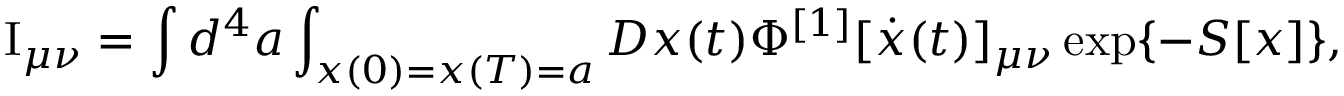
\mathrm { I } _ { \mu \nu } = \int { d ^ { 4 } a \int _ { x ( 0 ) = x ( T ) = a } { D x ( t ) } } \Phi ^ { [ 1 ] } [ \dot { x } ( t ) ] _ { \mu \nu } \exp \{ - S [ x ] \} ,